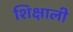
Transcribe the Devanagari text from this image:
शिक्षाली